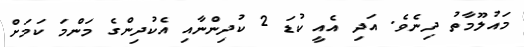
މައުލޫމާތު ދިނެވެ. އަދި އެއީ ކުޑަ 2 ކުދިންނާއި އެކުދިންގެ މަންމަ ކަމަށް